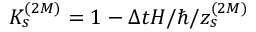
\displaystyle K _ { s } ^ { ( 2 M ) } = 1 - \Delta t H / \hbar / z _ { s } ^ { ( 2 M ) }